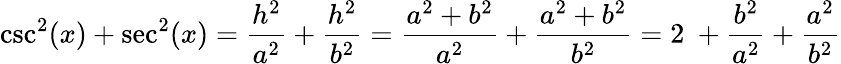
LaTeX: \csc^{2}(x)+\sec^{2}(x)={\frac{h^{2}}{a^{2}}}+{\frac{h^{2}}{b^{2}}}={\frac{a^{2}+b^{2}}{a^{2}}}+{\frac{a^{2}+b^{2}}{b^{2}}}=2\ +{\frac{b^{2}}{a^{2}}}+{\frac{a^{2}}{b^{2}}}